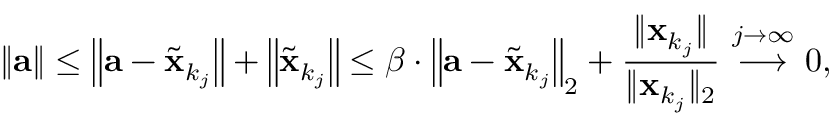
\| \mathbf { a } \| \leq \left\| \mathbf { a } - { \tilde { \mathbf { x } } } _ { k _ { j } } \right\| + \left\| { \tilde { \mathbf { x } } } _ { k _ { j } } \right\| \leq \beta \cdot \left\| \mathbf { a } - { \tilde { \mathbf { x } } } _ { k _ { j } } \right\| _ { 2 } + { \frac { \| \mathbf { x } _ { k _ { j } } \| } { \| \mathbf { x } _ { k _ { j } } \| _ { 2 } } } \ { \overset { j \to \infty } { \longrightarrow } } \ 0 ,